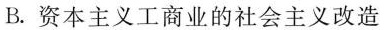
B.资本主义工商业的社会主义改造